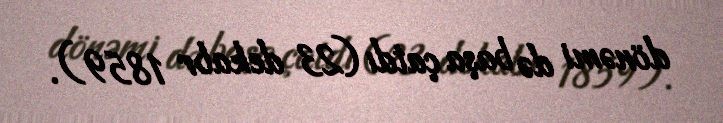
dönəmi də başa çatdı (23 dekabr 1859).